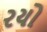
રયો